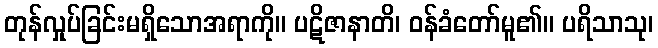
တုန်လှုပ်ခြင်းမရှိသောအရာကို။ ပဋိဇာနာတိ၊ ဝန်ခံတော်မူ၏။ ပရိသာသု၊